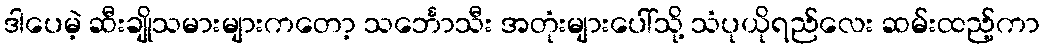
ဒါပေမဲ့ ဆီးချိုသမားများကတော့ သင်္ဘောသီး အတုံးများပေါ်သို့ သံပုယိုရည်လေး ဆမ်းထည့်ကာ